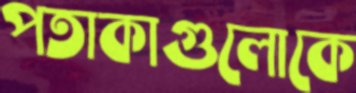
পতাকাগুলোকে